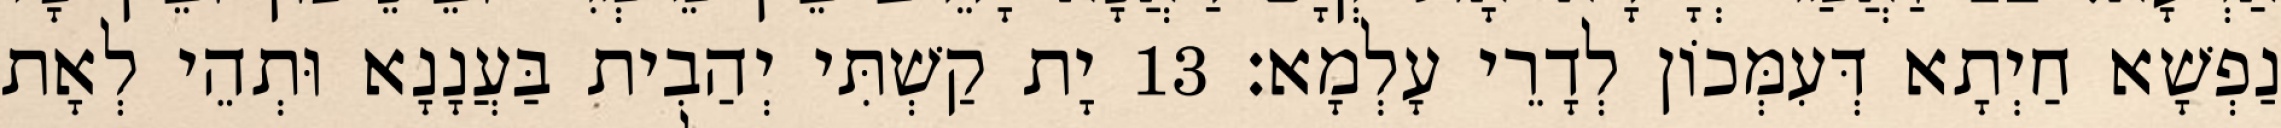
נַפְשָׁא חַיְתָא דְּעִמְּכוֹן לְדָרֵי עָלְמָא׃ 13 יָת קַשְׁתִּי יְהַבִית בַּעֲנָנָא וּתְהֵי לְאָת